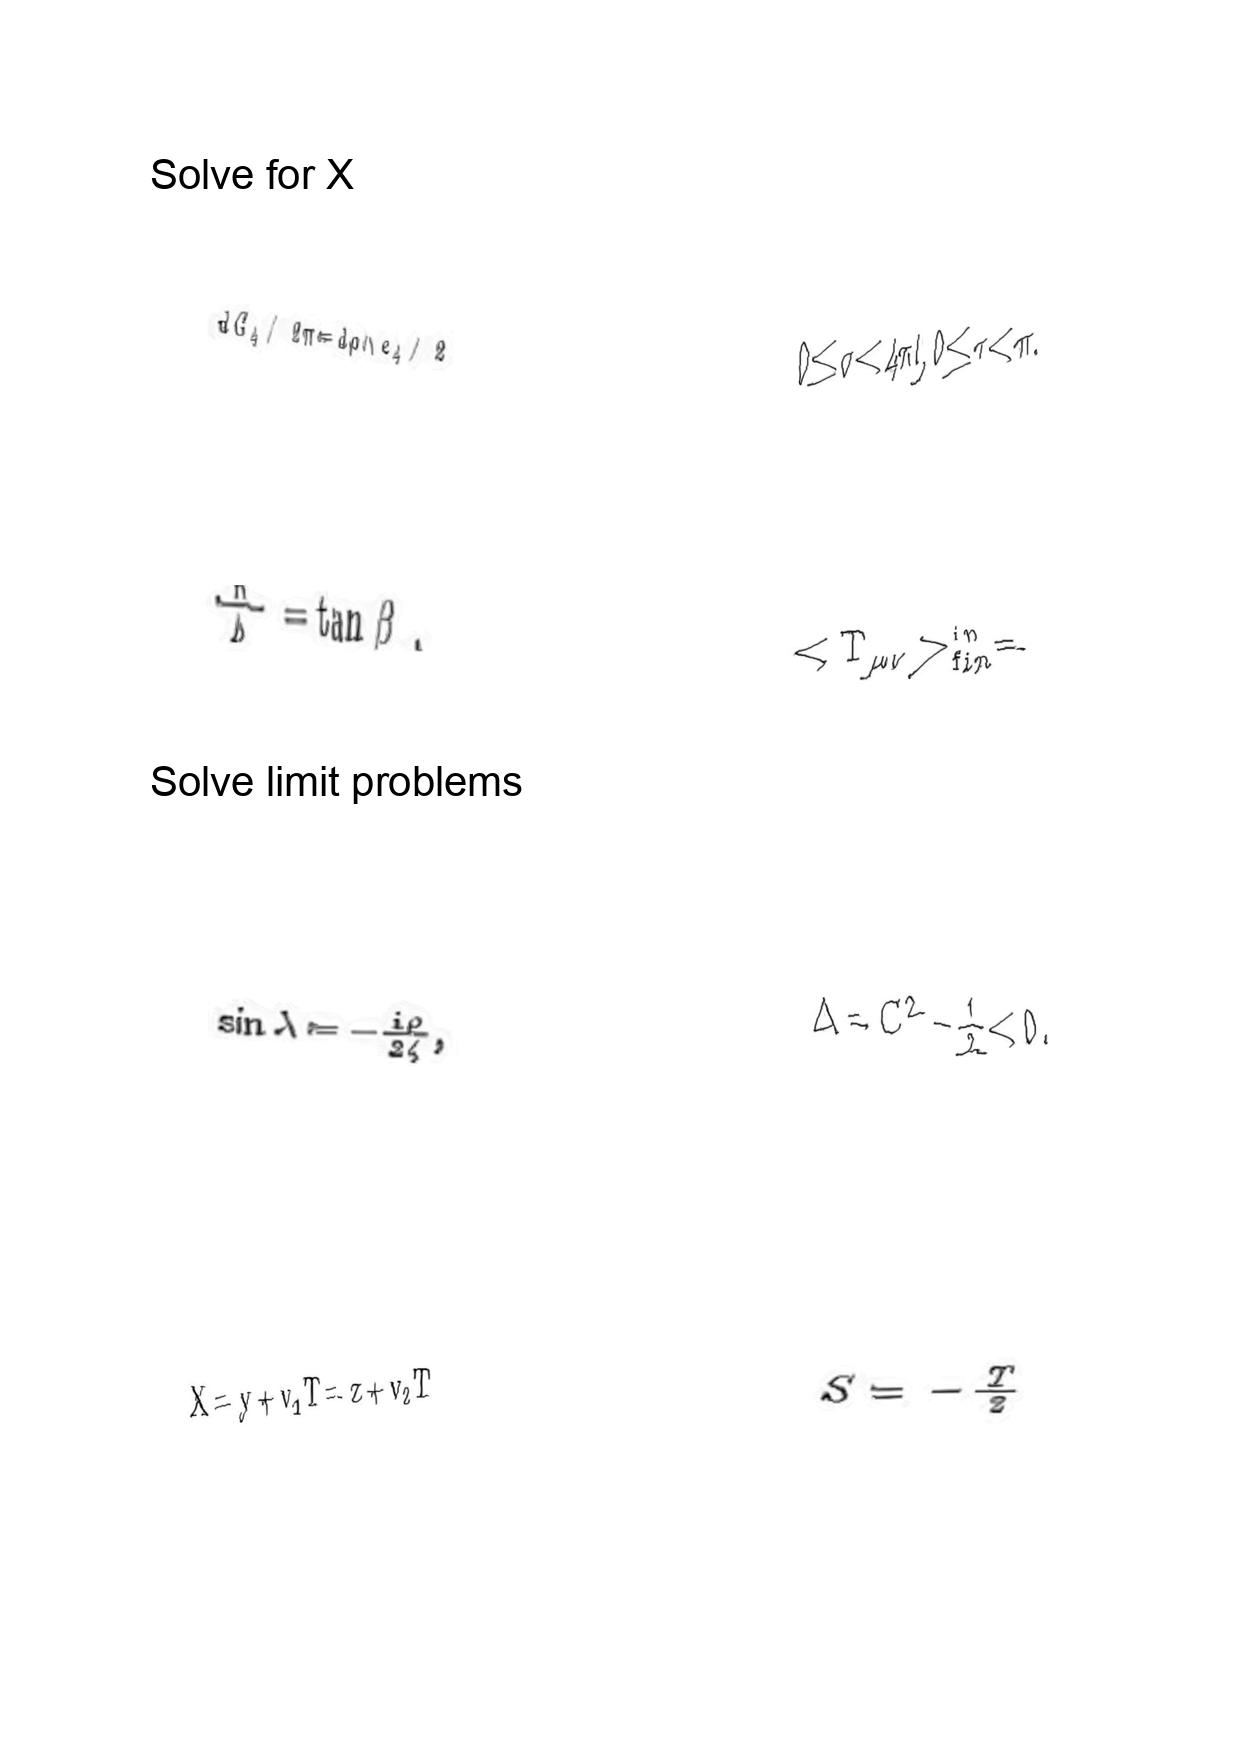
LaTeX transcription:
d G _ { 4 } / 2 \pi = d \rho \land e _ { 4 } / 2
\frac { K } { \Lambda } = \tan \beta .
\sin \lambda = - \frac { i \rho } { 2 \zeta } ,
X = y + v _ { 1 } T = z + v _ { 2 } T
0 \leq \sigma \lt 4 \pi l , 0 \leq \tau \lt \pi .
\lt T _ { \mu \nu } \gt _ { f i n } ^ { i n } =
\Delta = C ^ { 2 } - \frac { 1 } { 2 } \lt 0 .
S = - \frac { T } { 2 }